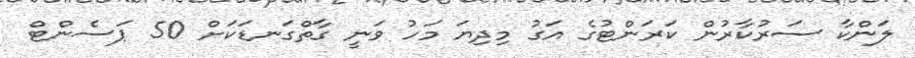
ލަންކާ ސަރުކާރުން ކަރަންޓުގެ އަގު މިދިޔަ މަހު ވަނީ ގާތްގަނޑަކަށް 50 ޕަސެންޓް